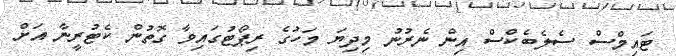
ޓައިމްސް ސެލެބެކްސް އިން ނެރުނު މިދިޔަ މަހުގެ ރިޕޯޓުގައިވާ ގޮތުން ކެޓުރީނާ އަށް